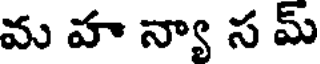
మ హ న్యా స మ్